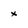
Character: x